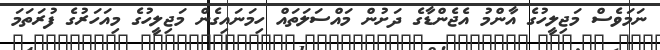
ނަމަވެސް މަޖިލީހުގެ އާންމު އެޖެންޑާގެ ދަށުން މައްސަލަތައް ހިމަނައިގެން މަޖިލީހުގެ މިއަހަރުގެ ފުރަތަމަ